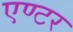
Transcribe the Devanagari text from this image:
एण्टर